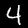
Label: 4